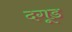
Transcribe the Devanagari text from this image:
दगूड